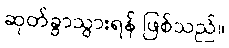
ဆုတ်ခွာသွားရန် ဖြစ်သည်။